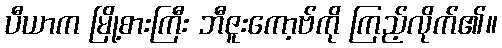
ပီယာက မြို့စားကြီး ဘီဇူးကော့ဗ်ကို ကြည့်လိုက်၏။